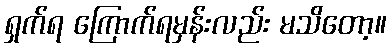
ရှက်ရ ကြောက်ရမှန်းလည်း မသိတော့။